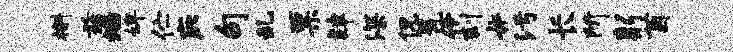
槲兹焰婢伫庇句乱票肄深侃瓮伶刻#污长所躬茵